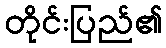
တိုင်းပြည်၏